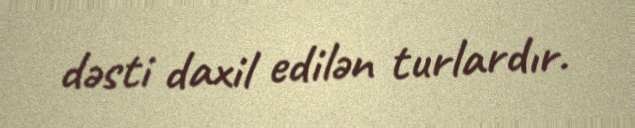
dəsti daxil edilən turlardır.